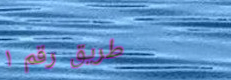
طريق رقم ١